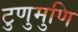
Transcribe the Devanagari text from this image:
टुणुमुणि